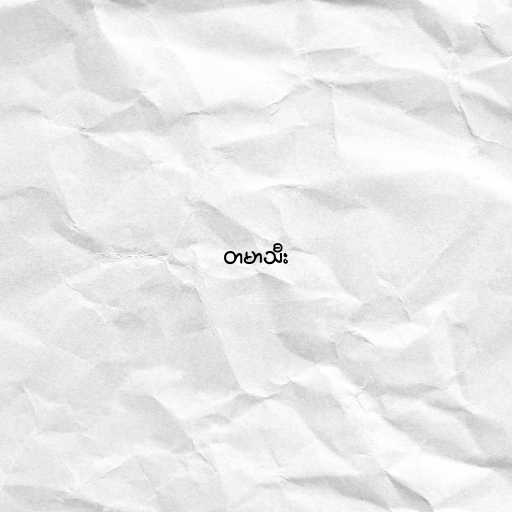
တမာသီး